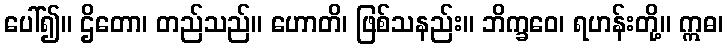
ပေါ်၍။ ဌိတော၊ တည်သည်။ ဟောတိ၊ ဖြစ်သနည်း။ ဘိက္ခဝေ၊ ရဟန်းတို့။ ဣဓ၊